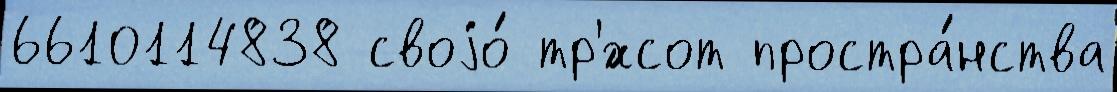
6610114838 своjо́ тр'́хсот простра́нства